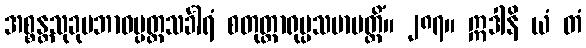
အစ္စန္တသုခုမဘာဝပ္ပတ္တသင်္ခါရံ စတုတ္ထာရုပ္ပသမာပတ္တိံ။ ၂၈၇။ ဣဒါနိ ယံ တံ